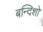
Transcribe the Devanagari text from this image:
बन्दिशो